Civil Veterinary Department Bengal reports 1923-33 - 1923-1933
Year: 1923
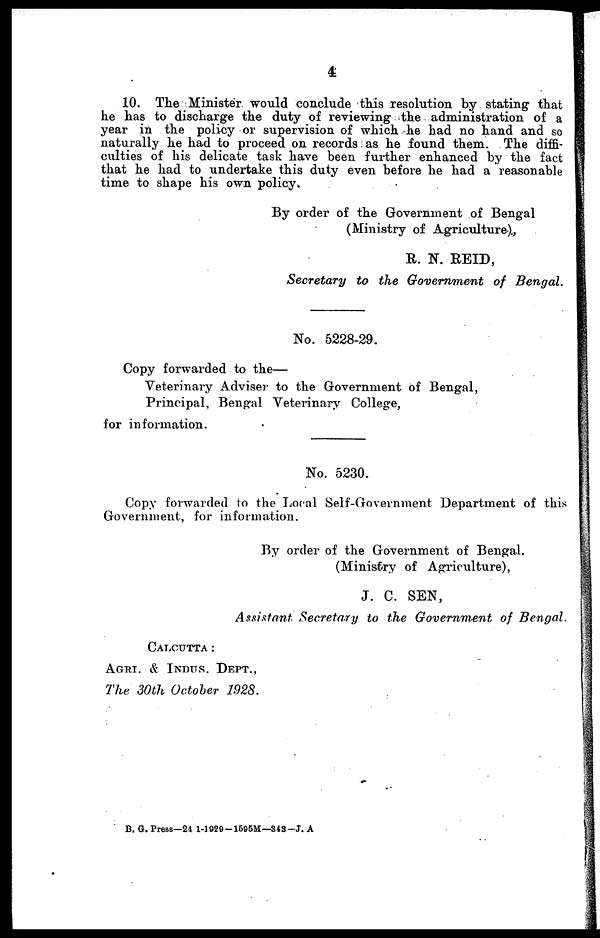
4
10. The Minister would conclude this resolution by stating that
he has to discharge the duty of reviewing the administration of a
year in the policy or supervision of which he had no hand and so
naturally he had to proceed on records as he found them. The diffi-
culties of his delicate task have been further enhanced by the fact
that he had to undertake this duty even before he had a reasonable
time to shape his own policy.
By order of the Government of Bengal
(Ministry of Agriculture).,
R. N. REID,
Secretary to the Government
of Bengal.
No. 5228-29.
Copy forwarded to the—
Veterinary Adviser to the Government of Bengal,
Principal, Bengal Veterinary College,
for information.
No. 5230.
Copy forwarded to the Local Self-Government Department of this
Government, for information.
By order of the Government of Bengal.
(Ministry of Agriculture),
J. C. SEN,
Assistant Secretary to the Government of Bengal
Calcutta:
Agri. & Indus. Dept.,
The 30th October 1928.
B. G. Press—24 1-1929-1695M—343-J. A